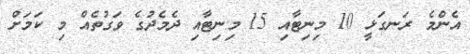
އެންމެ ރަނގަޅީ 10 މިނިޓާއި 15 މިނިޓާއި ދެމެދުގެ ވަގުތެއް މި ކަމަށް